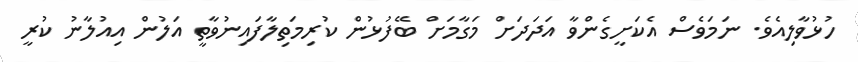
ހުޅުވާލިއެވެ. ނަމަވެސް އެކަށީގެންވާ އަދަދަށް މަގާމަށް ބޭފުޅުން ކުރިމަތިލާފައިނުވާތީ އަލުން އިއުލާނު ކުރީ